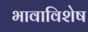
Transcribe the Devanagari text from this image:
भावाविशेष